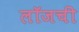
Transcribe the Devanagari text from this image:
लॉजची